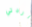
اردتي